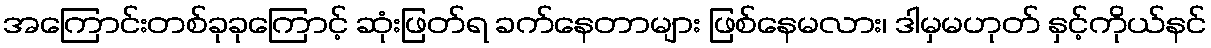
အကြောင်းတစ်ခုခုကြောင့် ဆုံးဖြတ်ရ ခက်နေတာများ ဖြစ်နေမလား၊ ဒါမှမဟုတ် နှင့်ကိုယ်နင်